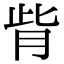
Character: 𦙼